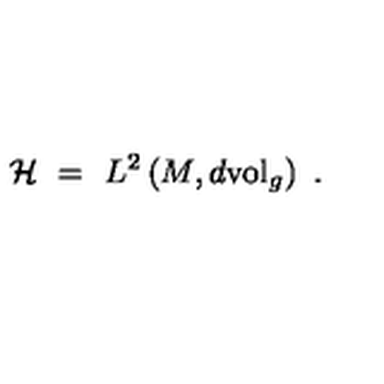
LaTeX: { \mathcal H } \ = \ L ^ { 2 } \left( M , d \mathrm { v o l } _ { g } \right) \ .